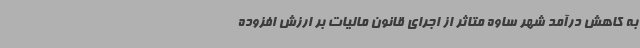
به کاهش درآمد شهر ساوه متاثر از اجرای قانون مالیات بر ارزش افزوده